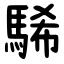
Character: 䮎